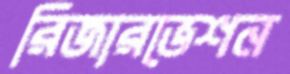
রিজারভেশন